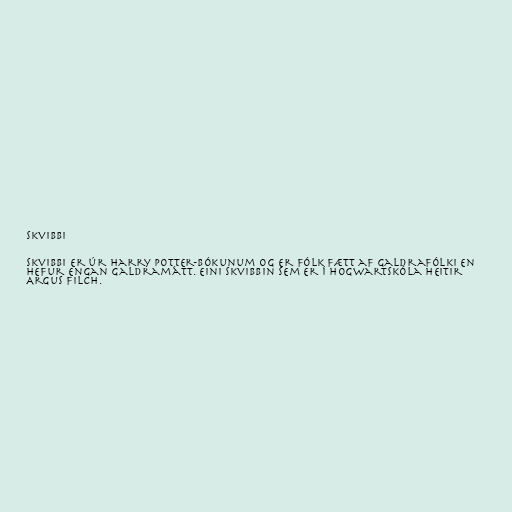
Skvibbi

Skvibbi er úr Harry Potter-bókunum og er fólk fætt af galdrafólki en
hefur engan galdramátt. Eini skvibbin sem er í Hogwartskóla heitir
Argus Filch.